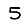
Digit: 5